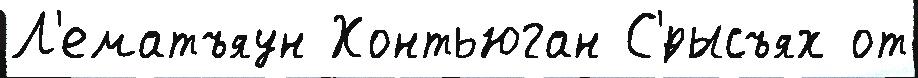
Л'ематъяун Хонтьюган С'́рысъях от